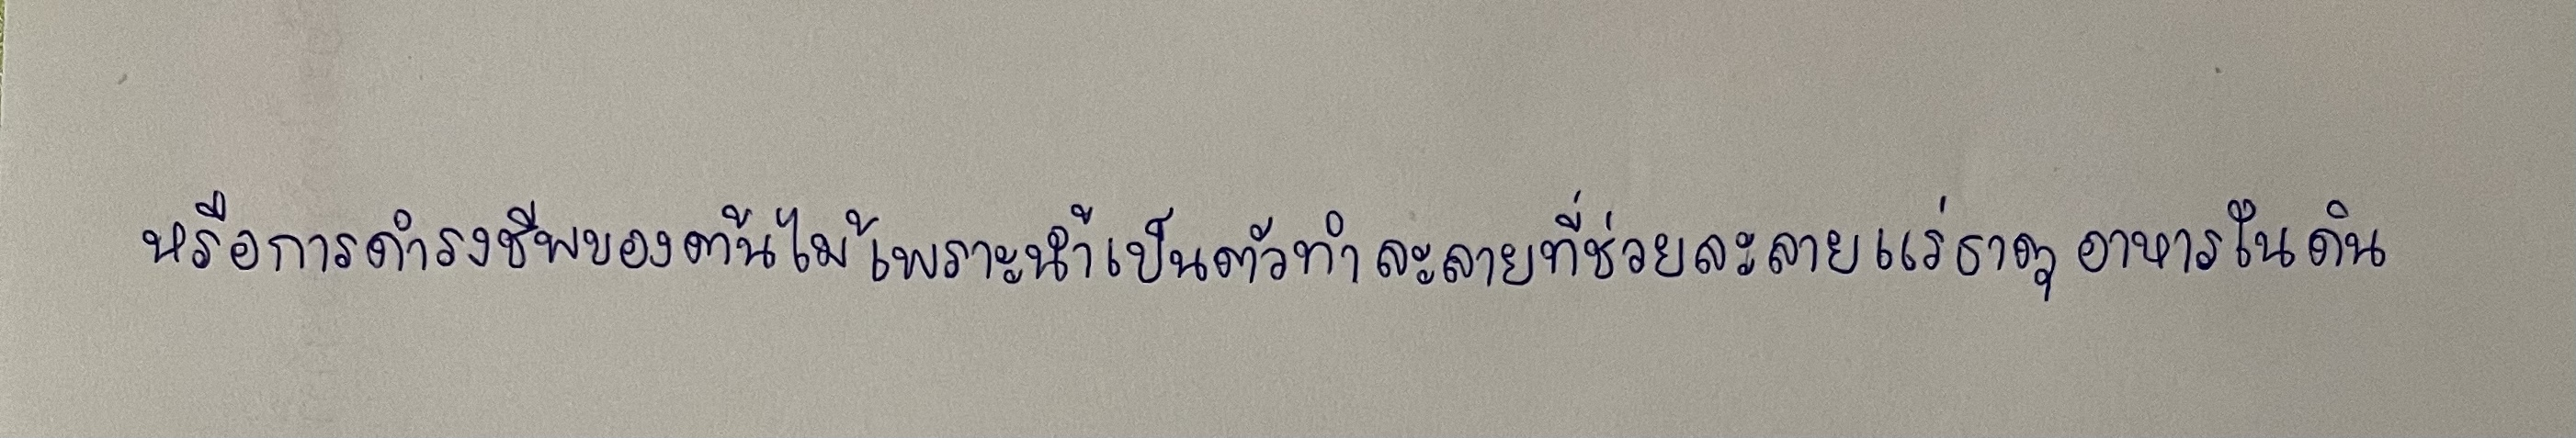
หรือการดำรงชีพของต้นไม้เพราะน้ำเป็นตัวทำละลายที่ช่วยละลายแร่ธาตุอาหารในดิน